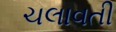
ચલાવતી